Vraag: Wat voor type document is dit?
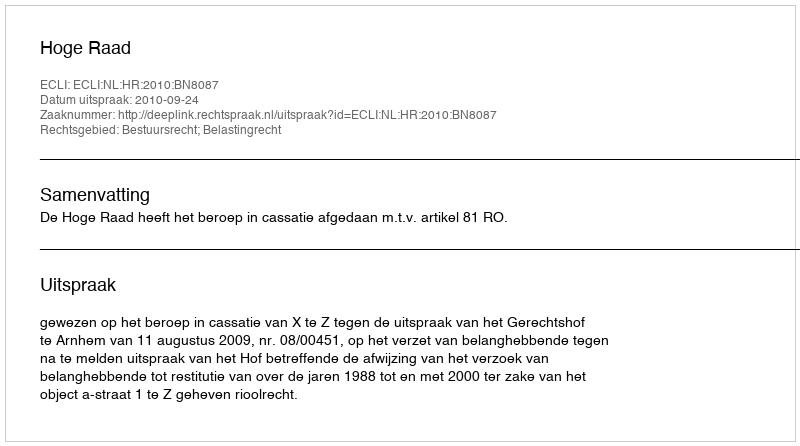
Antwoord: Uitspraak